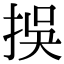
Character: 𢫸